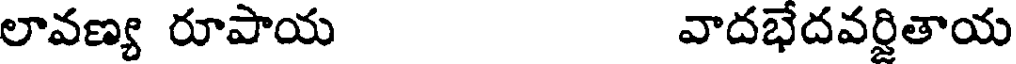
లావణ్య రూపాయ వాదభేదవర్షితాయ